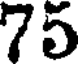
75